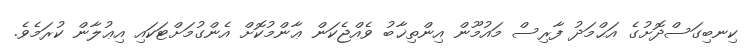
ކިނބިގަސްދޮށުގެ އަޙްމަދު ފާރިސް މައުމޫން އިންތިޚާބު ވެއްޖެކަން ޢާންމުކޮށް އެންގުމަށްޓަކައި އިޢުލާން ކުރަމެވެ.